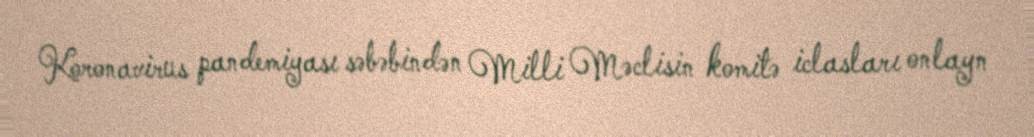
Koronavirus pandemiyası səbəbindən Milli Məclisin komitə iclasları onlayn